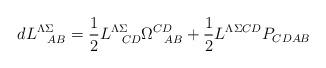
LaTeX: \begin{align*}d L^{\Lambda\Sigma}_{\ \ AB} = {1 \over 2}L^{\Lambda\Sigma}_{\ \ CD}\Omega^{CD}_{\ \ AB} + {1 \over 2}L^{\Lambda\Sigma CD} P_{CD AB}\end{align*}